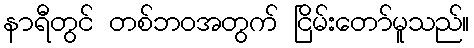
နာရီတွင် တစ်ဘဝအတွက် ငြိမ်းတော်မူသည်။